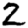
Digit: 2